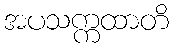
အပသက္ကထာတိ